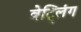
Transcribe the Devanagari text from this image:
वेट्लिंग